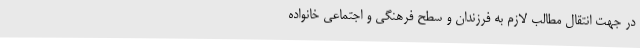
در جهت انتقال مطالب لازم به فرزندان و سطح فرهنگی و اجتماعی خانواده